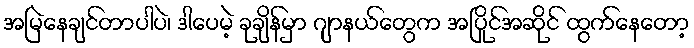
အမြဲနေချင်တာပါပဲ၊ ဒါပေမဲ့ ခုချိန်မှာ ဂျာနယ်တွေက အပြိုင်အဆိုင် ထွက်နေတော့